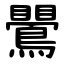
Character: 鷪